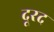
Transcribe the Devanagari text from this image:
दूरद